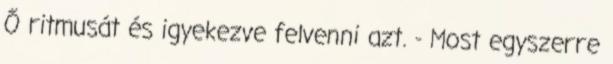
Ő ritmusát és igyekezve felvenni azt. - Most egyszerre